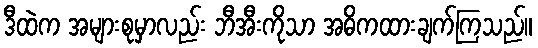
ဒီထဲက အများစုမှာလည်း ဘီအီးကိုသာ အဓိကထားချက်ကြသည်။